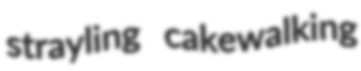
strayling cakewalking